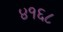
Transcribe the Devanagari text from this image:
४१६८